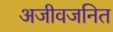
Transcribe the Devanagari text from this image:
अजीवजनित